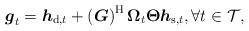
LaTeX: \begin{align*}\boldsymbol{g}_{t}=\boldsymbol{h}_{\mathrm{d}, t}+\left(\boldsymbol{G}\right)^{\mathrm{H}}\boldsymbol{\Omega}_t\boldsymbol{\Theta} \boldsymbol{h}_{\mathrm{s}, t}, \forall t \in \mathcal{T},\end{align*}